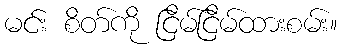
မင်း စိတ်ကို ငြိမ်ငြိမ်ထားစမ်း။